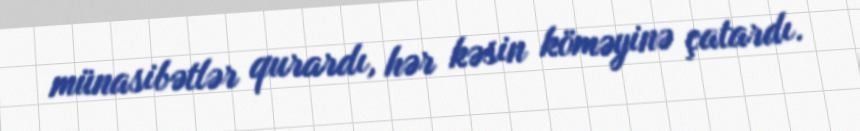
münasibətlər qurardı, hər kəsin köməyinə çatardı.